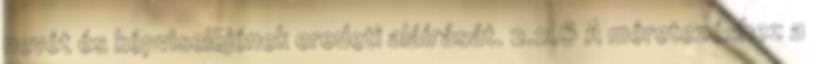
nevét és képviselõjének eredeti aláírását. 2.2.6 A méretezéshez a